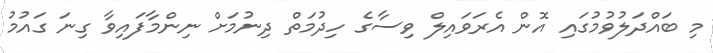
މި ބައްދަލުވުމުގައި އޮން އެރަވައިލް ވިސާގެ ހިދުމަތް ދިނުމަށް ނިންމާފައިވާ ގިނަ ގައުމު